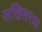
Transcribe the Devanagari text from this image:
लखिसराय